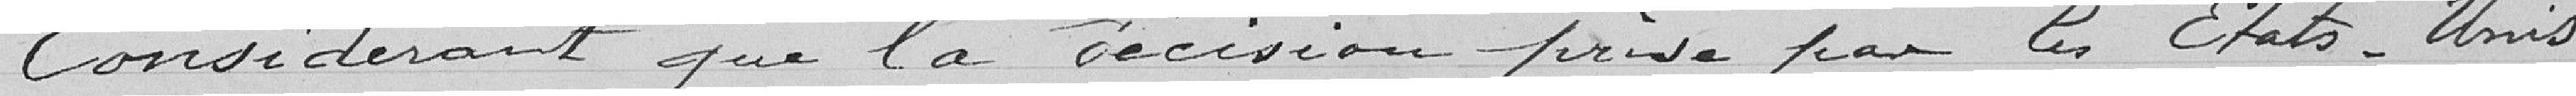
Considérant que la décision prise par les Etats-Unis